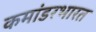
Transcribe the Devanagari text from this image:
कमांडरभारत